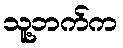
သူ့ဘက်က